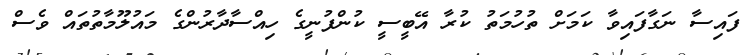
ފައިސާ ނަގާފައިވާ ކަމަށް ތުހުމަތު ކުރާ އޭބީސީ ކުންފުނީގެ ހިއްސާދާރުންގެ މައުލޫމާތުތައް ވެސް